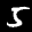
Label: 5